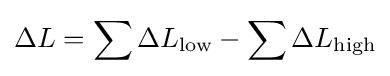
\Delta L=\sum \Delta L_{\text{low}}-\sum \Delta L_{\text{high}}